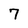
Character: 7